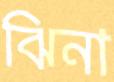
ঝিনা